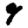
Digit: 9